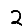
Digit: 2